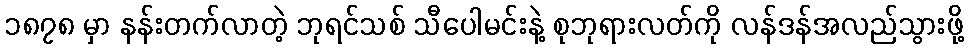
၁၈၇၈ မှာ နန်းတက်လာတဲ့ ဘုရင်သစ် သီပေါမင်းနဲ့ စုဘုရားလတ်ကို လန်ဒန်အလည်သွားဖို့